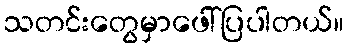
သတင်းတွေမှာဖေါ်ပြပါတယ်။